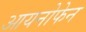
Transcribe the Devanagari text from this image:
आयनोफेन